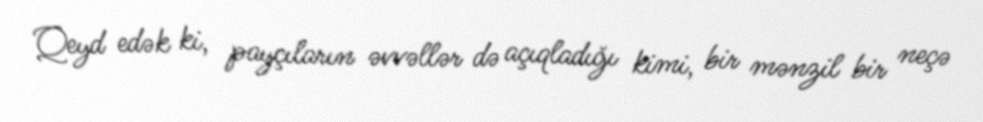
Qeyd edək ki, payçıların əvvəllər də açıqladığı kimi, bir mənzil bir neçə